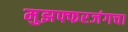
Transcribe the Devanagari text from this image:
मुझफ्फरजंगचा